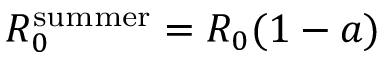
R _ { 0 } ^ { \mathrm { s u m m e r } } = R _ { 0 } ( 1 - a )